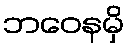
ဘဝေနမှိ